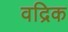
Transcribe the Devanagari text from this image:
वद्रिक